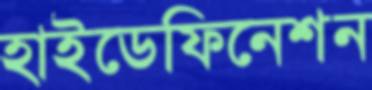
হাইডেফিনেশন